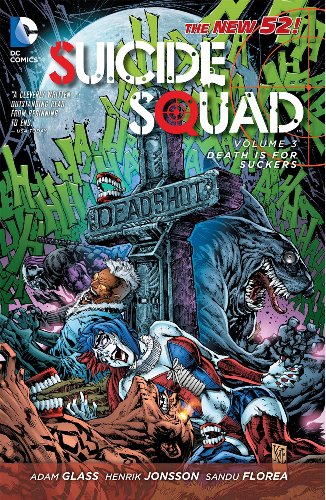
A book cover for Suicide Squad Vol. 3: Death is for Suckers (The New 52); Adam Glass; Comics & Graphic Novels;